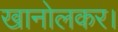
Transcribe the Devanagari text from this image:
खानोलकर।